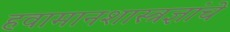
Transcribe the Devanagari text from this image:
हवामानशास्त्रज्ञांचे